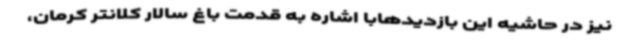
نیز در حاشیه این بازدیدهابا اشاره به قدمت باغ سالار کلانتر کرمان،